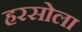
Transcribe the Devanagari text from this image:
हरसोला